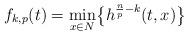
LaTeX: \begin{align*}f_{k,p}(t)=\min_{x\in N}\bigl\{ h^{\frac{n}{p}-k}(t,x)\bigr\}\end{align*}